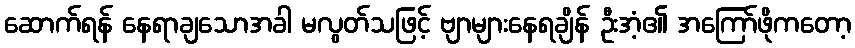
ဆောက်ရန် နေရာချသောအခါ မလွတ်သဖြင့် ဗျာများနေရချိန် ဦးအံ့၏ အကြော်ဖိုကတော့